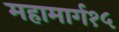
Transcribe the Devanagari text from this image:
महामार्ग१५